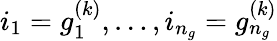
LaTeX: i_{1}=g_{1}^{(k)},\ldots,i_{n_{g}}=g_{n_{g}}^{(k)}